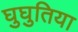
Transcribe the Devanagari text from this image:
घुघुतिया